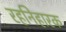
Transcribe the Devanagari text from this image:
रहनिहारक